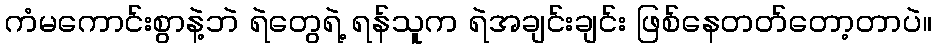
ကံမကောင်းစွာနဲ့ဘဲ ရဲတွေရဲ့ ရန်သူက ရဲအချင်းချင်း ဖြစ်နေတတ်တော့တာပဲ။